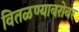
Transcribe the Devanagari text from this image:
वितळण्याबरोबर